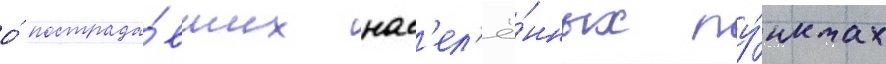
о́ пострада́вших нас'ел'ё́нных пу́нктах